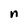
Character: n